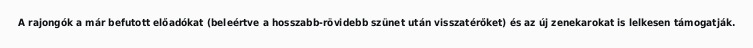
A rajongók a már befutott előadókat (beleértve a hosszabb-rövidebb szünet után visszatérőket) és az új zenekarokat is lelkesen támogatják.